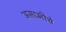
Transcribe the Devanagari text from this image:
असामीचे